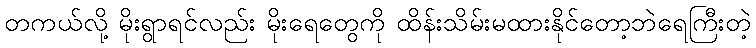
တကယ်လို့ မိုးရွာရင်လည်း မိုးရေတွေကို ထိန်းသိမ်းမထားနိုင်တော့ဘဲရေကြီးတဲ့